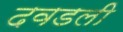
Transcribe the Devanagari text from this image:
दवडली